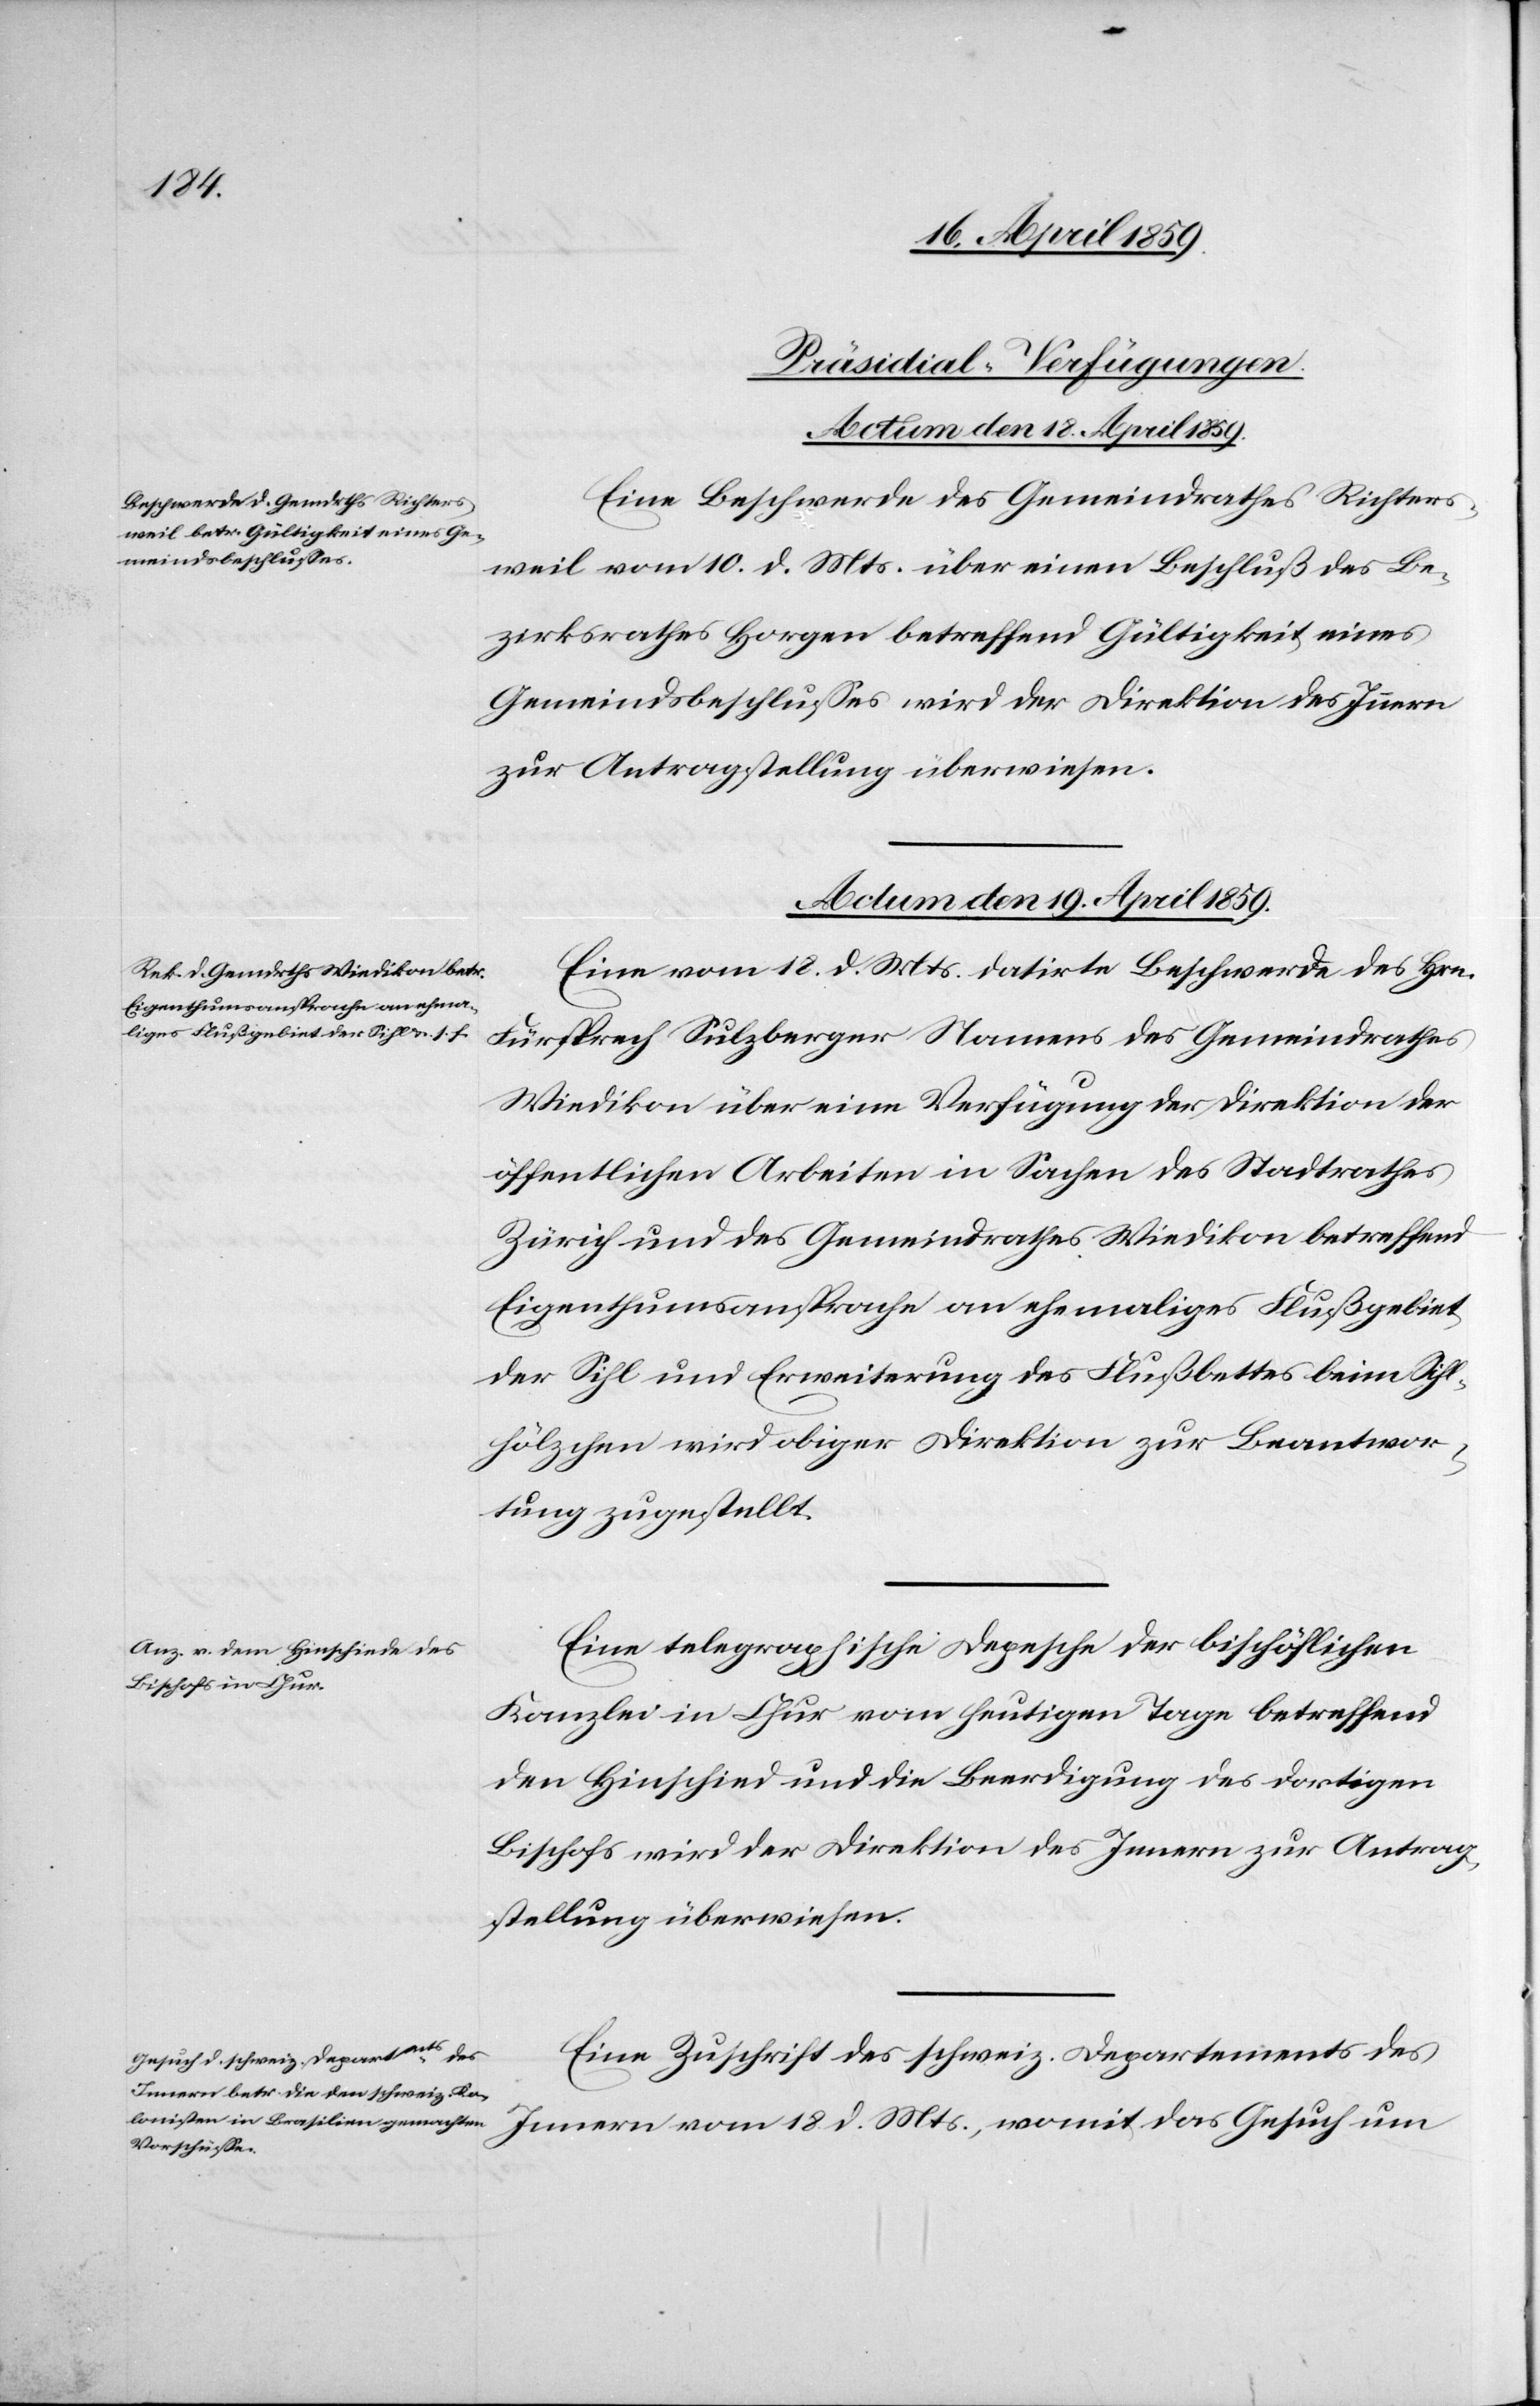
[Präsidial-Verfügungen.
Eine Beschwerde des Gemeindrathes Richters¬
weil vom 10. d. Mts. über einen Beschluß des Be¬
zirksrathes Horgen betreffend Gültigkeit eines
Gemeindsbeschlußes wird der Direktion des Innern
zur Antragstellung überwiesen.
Actum den 19. April 1859.]
Eine vom 18. d. Mts. datirte Beschwerde des Hrn.
Fürsprech Sulzberger Namens des Gemeindrathes
Wiedikon über eine Verfügung der Direktion der
öffentlichen Arbeiten in Sachen des Stadtrathes
Zürich und des Gemeindrathes Wiedikon betreffend
Eigenthumsansprache an ehemaliges Flußgebiet
der Sihl und Erweiterung des Flußbettes beim Sihl¬
hölzchen wird obiger Direktion zur Beantwor¬
tung zugestellt.
Eine telegraphische Depesche der bischöflichen
Kanzlei in Chur vom heutigen Tage betreffend
den Hinschied und die Beerdigung des dortigen
Bischofs wird der Direktion des Innern zur Antrag¬
stellung überwiesen.
Eine Zuschrift des schweiz. Departements des
Innern vom 18. d. Mts., womit das Gesuch um